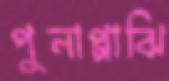
পুনাপ্পাঝি